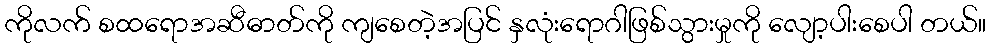
ကိုလက် စထရောအဆီဓာတ်ကို ကျစေတဲ့အပြင် နှလုံးရောဂါဖြစ်သွားမှုကို လျော့ပါးစေပါ တယ်။